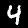
Label: 4